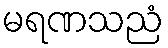
မရဏသညံ